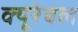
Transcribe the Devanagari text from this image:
क्यूरेबल